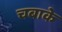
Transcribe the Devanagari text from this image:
चबाके